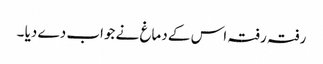
رفتہ رفتہ اس کے دماغ نے جواب دے دیا ۔